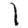
Digit: 1